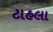
ટાહલા